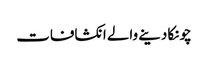
چونکا دینے والے انکشافات